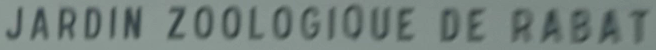
JARDIN ZOLOGIQUE DE R